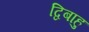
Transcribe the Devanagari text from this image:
द्विबाहु